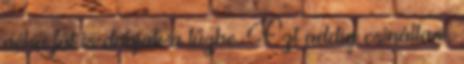
néha fát is dobjak a tűzbe. Ezt addig csináltam,